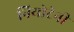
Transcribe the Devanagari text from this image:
नियोटेनी